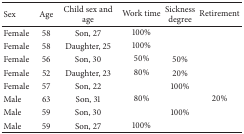
<table><thead><tr><td><b>Sex </b></td><td><b>Age</b></td><td><b>Child sex and age</b></td><td><b>Work time</b></td><td><b>Sickness degree</b></td><td><b>Retirement</b></td></tr></thead><tbody><tr><td>Female</td><td>58</td><td>Son, 27 </td><td>100%</td><td> </td><td> </td></tr><tr><td>Female</td><td>58</td><td>Daughter, 25 </td><td>100%</td><td> </td><td> </td></tr><tr><td>Female</td><td>56 </td><td>Son, 30 </td><td>50%</td><td>50%</td><td> </td></tr><tr><td>Female</td><td>52</td><td>Daughter, 23 </td><td>80%</td><td>20%</td><td> </td></tr><tr><td>Female</td><td>57</td><td>Son, 22 </td><td> </td><td>100% </td><td> </td></tr><tr><td>Male</td><td>63</td><td>Son, 31 </td><td>80%</td><td> </td><td>20%</td></tr><tr><td>Male </td><td>59</td><td>Son, 30 </td><td> </td><td>100%</td><td> </td></tr><tr><td>Male</td><td>59 </td><td>Son, 27 </td><td>100%</td><td> </td><td> </td></tr></tbody></table>